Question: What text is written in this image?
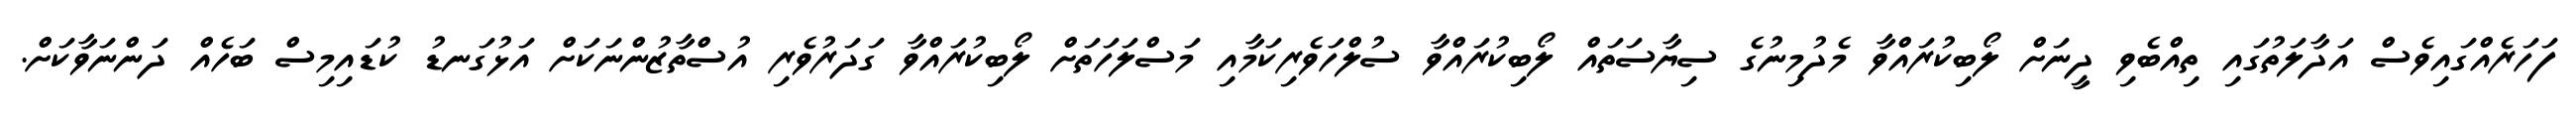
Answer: ފަހަރެއްގައިވެސް އަދާލަތުގައި ތިއްބެވި ދީނަށް ލޯބިކުރައްވާ މެދުމިނުގެ ސިޔާސަތައް ލޯބިކުރައްވާ ސުލްހަވެރިކަމާއި މަސްލަހަތަށް ލޯބިކުރައްވާ ގަދަރުވެރި އުސްތާޒުންނަކަށް އަޅުގަނޑު ކުޑައިމިސް ބަހެއް ދަންނަވާކަށް.